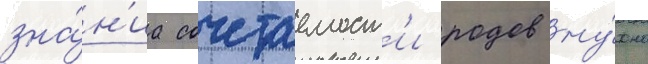
зна́н'иа сочетаемост'и родов ну́жно